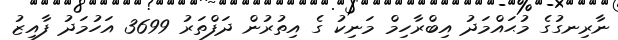
ނާރިނގުގެ މުޙައްމަދު އިބްރާހިމް މަނިކު ގެ އިތުރުން ދަފްތަރު 3699 އަހުމަދު ފާއިޒު